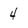
Character: 4